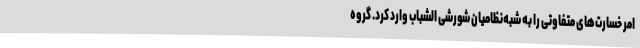
امر خسارت‌های متفاوتی را به شبه‌نظامیان شورشی الشباب وارد کرد. گروه